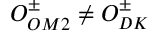
O _ { O M 2 } ^ { \pm } \neq O _ { D K } ^ { \pm }